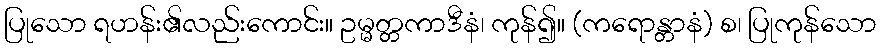
ပြုသော ရဟန်း၏လည်းကောင်း။ ဥမ္မတ္တကာဒီနံ၊ ကုန်၍။ (ကရောန္တာနံ) စ၊ ပြုကုန်သော